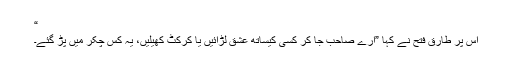
“
اس پر طارق فتح نے کہا ”ارے صاحب جا کر کسی کیساتھ عشق لڑائیں یا کرکٹ کھیلیں، یہ کس چکر میں پڑ گئے۔